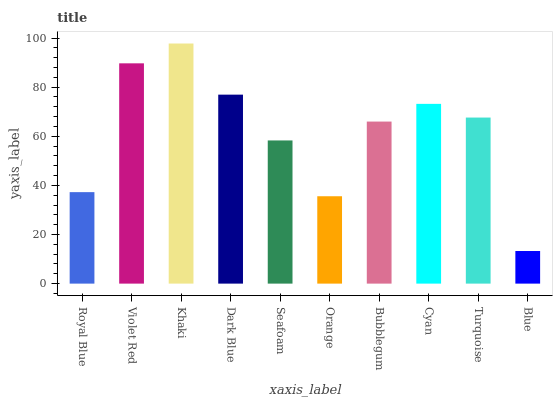
| xaxis_label | bars |
 | --- | --- |
 | Royal Blue | 37.2 |
 | Violet Red | 89.7 |
 | Khaki | 97.8 |
 | Dark Blue | 76.9 |
 | Seafoam | 58.3 |
 | Orange | 35.6 |
 | Bubblegum | 66 |
 | Cyan | 73.2 |
 | Turquoise | 67.6 |
 | Blue | 13.3 |